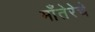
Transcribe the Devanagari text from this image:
माँतेरेचे